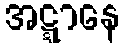
အဋ္ဋာနေ